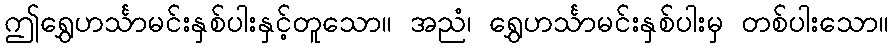
ဤရွှေဟင်္သာမင်းနှစ်ပါးနှင့်တူသော။ အညံ၊ ရွှေဟင်္သာမင်းနှစ်ပါးမှ တစ်ပါးသော။